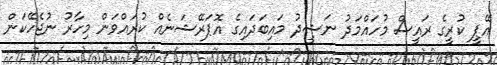
އޭޕީ ކުރީގެ ރައީސް މުހައްމަދު ނަޝީދު މައިބަދައިގެ އޮޕަރޭޝަނެއް ކުރައްވަން މިހާރު ނުޖެހޭކަން